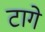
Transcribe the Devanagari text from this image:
टागे